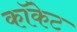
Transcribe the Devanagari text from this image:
कॉकेट